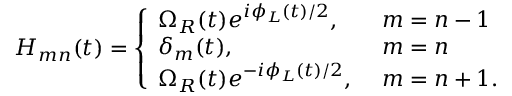
H _ { m n } ( t ) = \left\{ \begin{array} { l l } { \Omega _ { R } ( t ) e ^ { i \phi _ { L } ( t ) / 2 } , \ } & { m = n - 1 } \\ { \delta _ { m } ( t ) , \ } & { m = n } \\ { \Omega _ { R } ( t ) e ^ { - i \phi _ { L } ( t ) / 2 } , \ } & { m = n + 1 . } \end{array} \right.